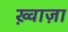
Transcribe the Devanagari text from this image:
ख़्वाज़ा